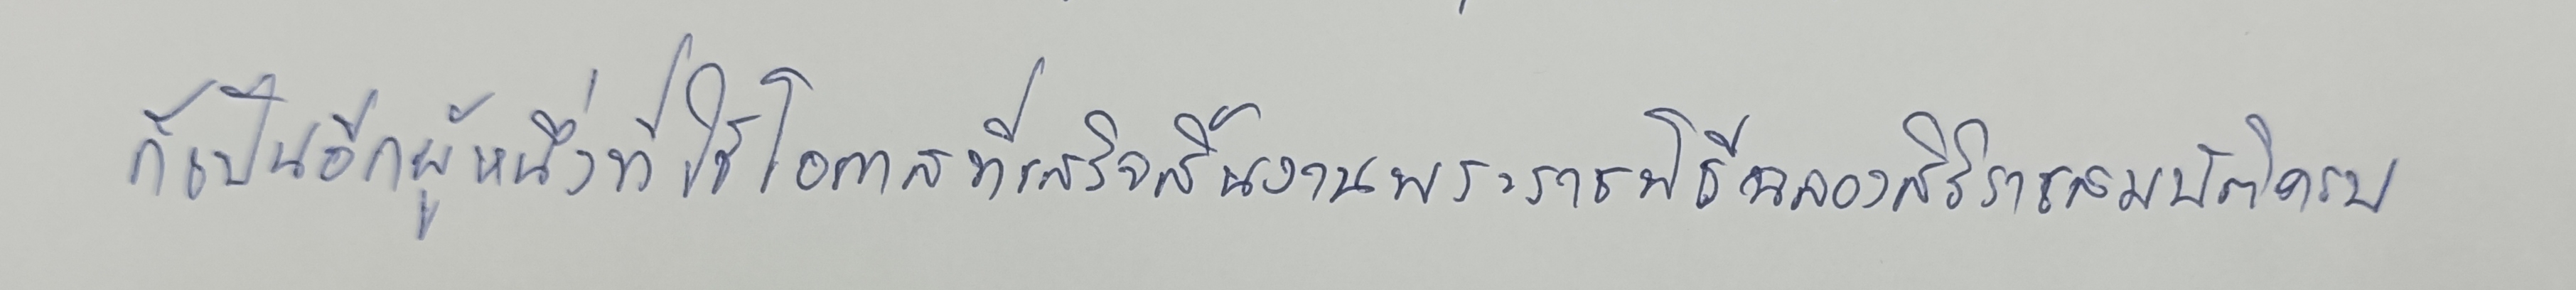
ก็เป็นอีกผู้หนึ่งที่ใช้โอกาสที่เสร็จสิ้นงานพระราชพิธีฉลองสิริราชสมบัติครบ